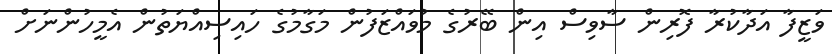
ވަޒީފާ އަދާކުރާ ފޮރިން ސާވިސް އިން ބޭރުގެ މުވައްޒަފުން މަގާމުގެ ހައިސިއްޔަތުން އެމީހުންނަށް